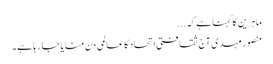
ماہرین کا کہنا ہے کہ ...
منصور مہدی آج ثقافتی اتحاد کا عالمی دن منایا جا رہا ہے۔